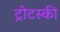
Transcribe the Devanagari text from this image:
ट्रोटस्की